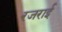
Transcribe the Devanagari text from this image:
रजराई